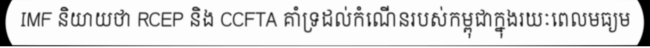
IMF និយាយថា RCEP និង CCFTA គាំទ្រដល់កំណើនរបស់កម្ពុជាក្នុងរយៈពេលមធ្យម